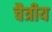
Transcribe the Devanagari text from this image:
चैत्रीय